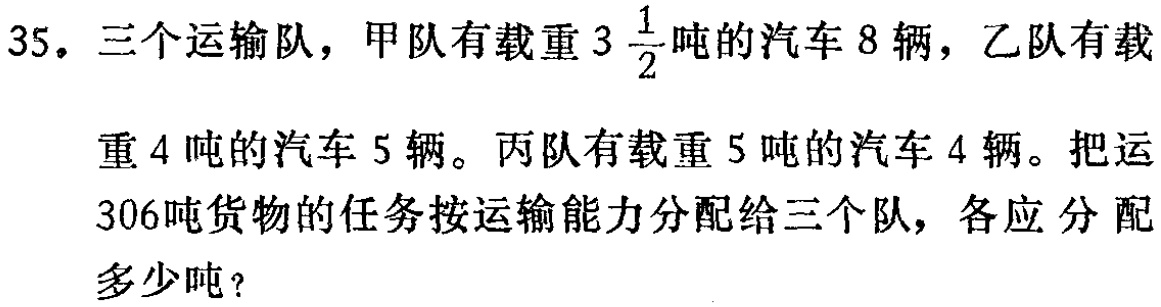
35. 三个运输队，甲队有载重$3\frac{1}{2}$吨的汽车 8 辆，乙队有载重 4 吨的汽车 5 辆。丙队有载重 5 吨的汽车 4 辆。把运 306吨货物的任务按运输能力分配给三个队，各应分配多少吨？